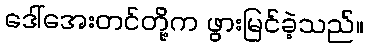
ဒေါ်အေးတင်တို့က ဖွားမြင်ခဲ့သည်။